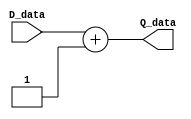
module counter(D_data, Q_data);

  output reg [4:0] Q_data;
  input [4:0] D_data;


  always@(*) begin
	Q_data = D_data + 1'b1;
	end
	
endmodule